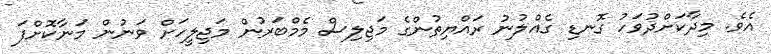
އެވެ. މިދާކަށްދުވަހު ގޮނޑި ގެއްލުނު ރައްޔިތުންގެ މަޖިލިސް މެމްބަރުން މަޖިލީހަށް ވަނުން މަނާކޮށްފަ